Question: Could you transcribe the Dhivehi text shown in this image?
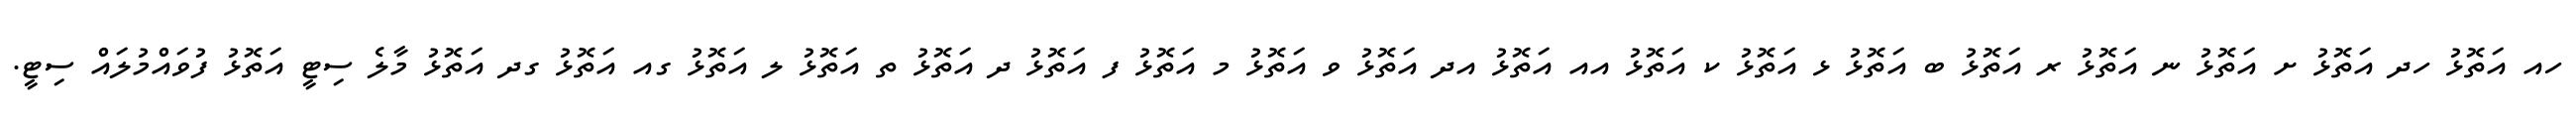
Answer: ހއ އަތޮޅު ހދ އަތޮޅު ށ އަތޮޅު ނ އަތޮޅު ރ އަތޮޅު ބ އަތޮޅު ޅ އަތޮޅު ކ އަތޮޅު އއ އަތޮޅު އދ އަތޮޅު ވ އަތޮޅު މ އަތޮޅު ފ އަތޮޅު ދ އަތޮޅު ތ އަތޮޅު ލ އަތޮޅު ގއ އަތޮޅު ގދ އަތޮޅު މާލެ ސިޓީ އަތޮޅު ފުވައްމުލައް ސިޓީ.